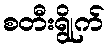
စတီးရွိုက်